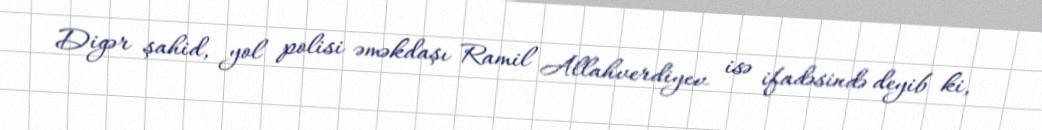
Digər şahid, yol polisi əməkdaşı Ramil Allahverdiyev isə ifadəsində deyib ki,